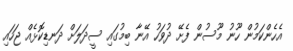
އެހެންކަމުން ހޫނު މޫސުން ފެށޭ ދުވަހު އޭނާ ބިމުގައި ސީދަލަށް ދަނޑިކޮޅެއް ޖަހައި